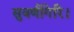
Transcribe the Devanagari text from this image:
सुवर्णगिरि।